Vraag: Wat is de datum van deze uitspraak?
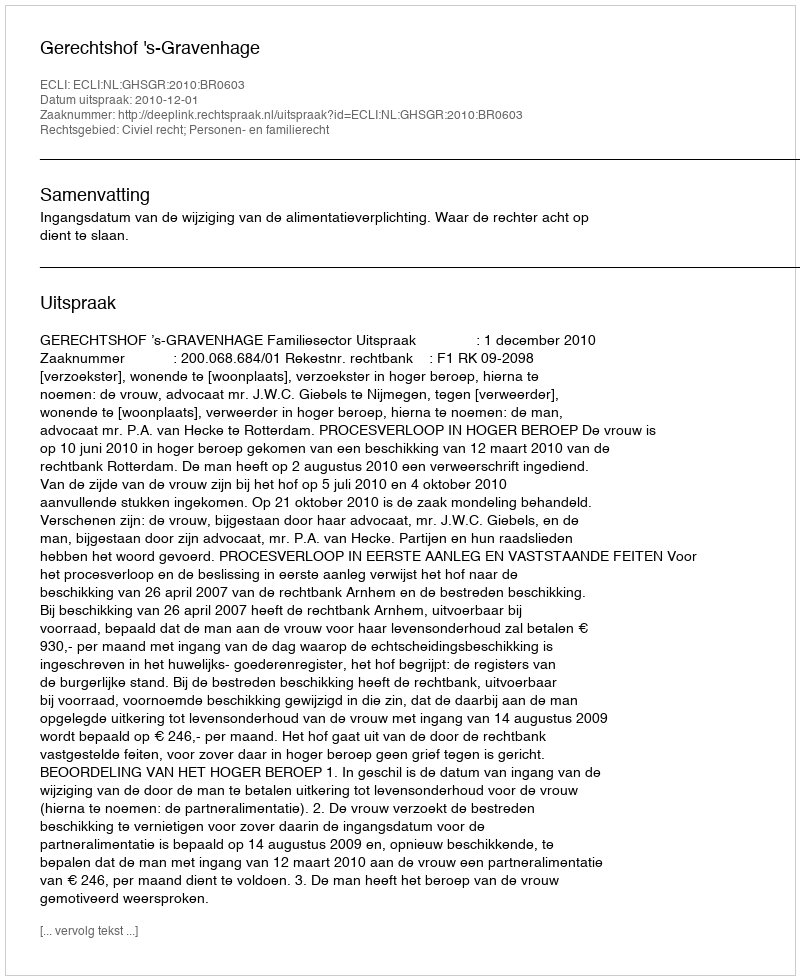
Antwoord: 2010-12-01